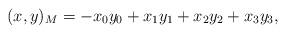
LaTeX: \begin{align*}(x,y)_{M}=-x_{0}y_{0}+x_{1}y_{1}+x_{2}y_{2}+x_{3}y_{3},\end{align*}